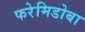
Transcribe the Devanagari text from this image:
फरेमिडोबा